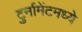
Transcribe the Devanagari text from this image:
टुर्नामेंटमध्ये